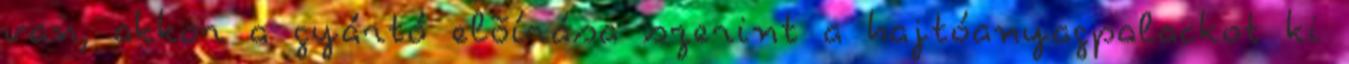
van, akkor a gyártó elõírása szerint a hajtóanyagpalackot ki